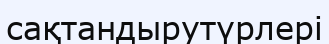
сақтандырутүрлері